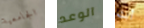
الجامعية الوعد أنت